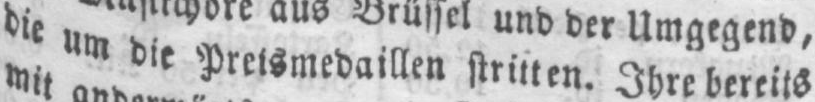
die um die Preismedaillen stritten.Ihre bereits